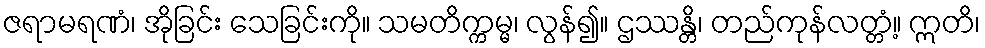
ဇရာမရဏံ၊ အိုခြင်း သေခြင်းကို။ သမတိက္ကမ္မ၊ လွန်၍။ ဌဿန္တိ၊ တည်ကုန်လတ္တံ့။ ဣတိ၊